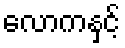
လောကနှင့်